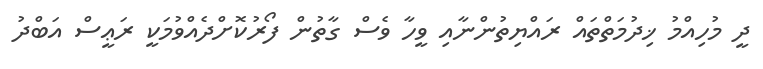
ދީ މުހިއްމު ޚިދުމަތްތައް ރައްޔިތުންނާއި ވީހާ ވެސް ގާތުން ފޯރުކޮށްދެއްވުމަކީ ރަޢީސް އަބްދު